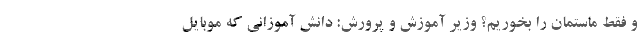
و فقط ماستمان را بخوریم؟ وزیر آموزش و پرورش: دانش آموزانی که موبایل